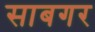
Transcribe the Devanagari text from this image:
साबगर